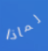
لماذا